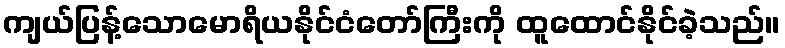
ကျယ်ပြန့်သောမောရိယနိုင်ငံတော်ကြီးကို ထူထောင်နိုင်ခဲ့သည်။